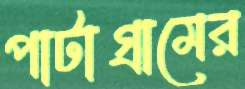
পাটাগ্রামের